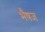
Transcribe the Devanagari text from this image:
भैषज